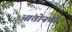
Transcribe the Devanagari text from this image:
आंतोनचा